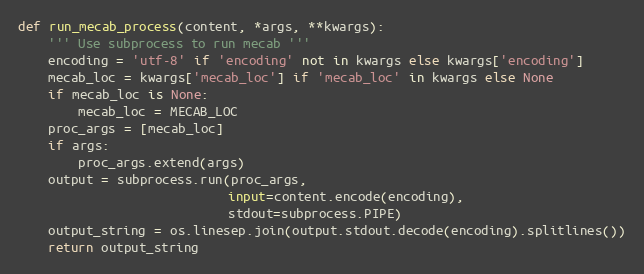
Language: Python
def run_mecab_process(content, *args, **kwargs):
    ''' Use subprocess to run mecab '''
    encoding = 'utf-8' if 'encoding' not in kwargs else kwargs['encoding']
    mecab_loc = kwargs['mecab_loc'] if 'mecab_loc' in kwargs else None
    if mecab_loc is None:
        mecab_loc = MECAB_LOC
    proc_args = [mecab_loc]
    if args:
        proc_args.extend(args)
    output = subprocess.run(proc_args,
                            input=content.encode(encoding),
                            stdout=subprocess.PIPE)
    output_string = os.linesep.join(output.stdout.decode(encoding).splitlines())
    return output_string